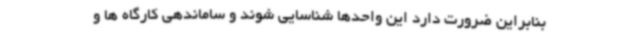
بنابراین ضرورت دارد این واحدها شناسایی شوند و ساماندهی کارگاه ها و